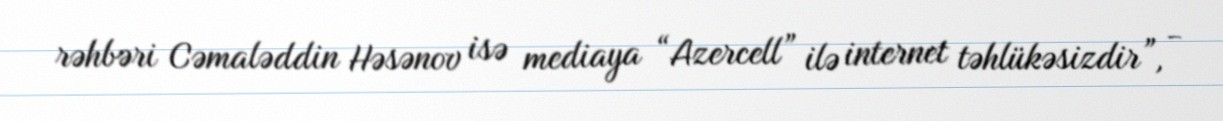
rəhbəri Cəmaləddin Həsənov isə mediaya “Azercell” ilə internet təhlükəsizdir”, -